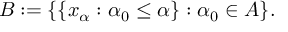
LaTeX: B : = \{ \{ x _ { \alpha } : \alpha _ { 0 } \leq \alpha \} : \alpha _ { 0 } \in A \} .